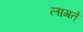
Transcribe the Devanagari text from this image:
लागत़े